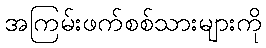
အကြမ်းဖက်စစ်သားများကို